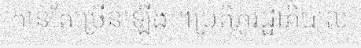
កាន់តែច្រើនឡើង ។ប្រតិភូរដ្ឋាភិបាល